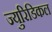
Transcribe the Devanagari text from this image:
ज्युरिडिकल